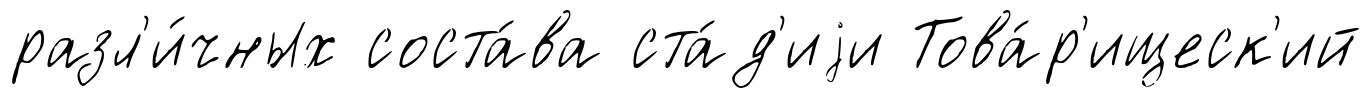
разл'и́чных соста́ва ста́д'иjи Това́р'ищеск'ий